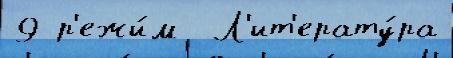
9 р'ежи́м  Л'ит'ерату́ра